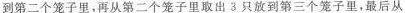
到第二个笼子里，再从第二个笼子里取出3只放到第三个笼子里，最后从